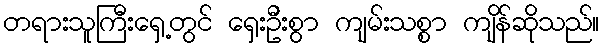
တရားသူကြီးရှေ့တွင် ရှေးဦးစွာ ကျမ်းသစ္စာ ကျိန်ဆိုသည်။